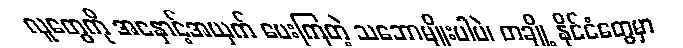
လူတွေကို အနှောင့်အယှက် ပေးကြတဲ့ သဘောမျိုးပါပဲ၊ တချို့ နိုင်ငံတွေမှာ